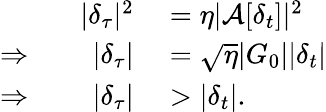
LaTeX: \begin{array}{rl}{|\delta_{\tau}|^{2}}&{{}=\eta|\mathcal{A}[\delta_{t}]|^{2}}\\ {\Rightarrow\qquad|\delta_{\tau}|}&{{}=\sqrt{\eta}|G_{0}||\delta_{t}|}\\ {\Rightarrow\qquad|\delta_{\tau}|}&{{}>|\delta_{t}|.}\end{array}